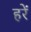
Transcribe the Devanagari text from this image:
हरें